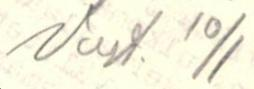
Vast. 10/1